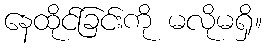
နေထိုင်ခြင်းကို မလိုမရှိ။